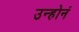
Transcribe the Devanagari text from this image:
उन्होनं